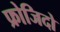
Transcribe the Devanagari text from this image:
फ्रोजिदो